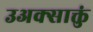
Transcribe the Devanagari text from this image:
उअक्साक्तुं